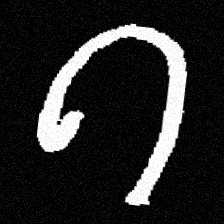
Pyu character \u2014 Myanmar letter: ဂ (romanized: ga)